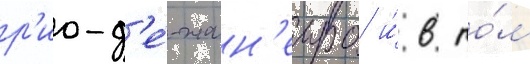
р'ио-д'е́-жан'еиро и́ в то́м